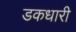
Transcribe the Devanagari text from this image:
डकधारी